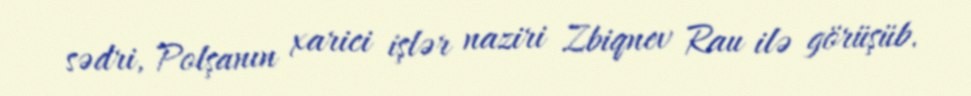
sədri, Polşanın xarici işlər naziri Zbiqnev Rau ilə görüşüb.